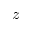
z